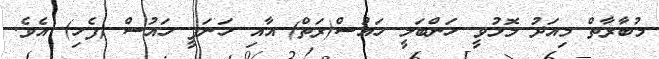
މުބާރާތް މިއަދު މޮޅުވީ ހަންބަލީ ހައުސް(ރަތް) އާއި ހަނަފީ ހައުސް (ފެހި) އެވެ.